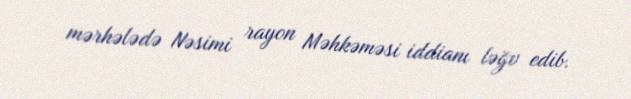
mərhələdə Nəsimi rayon Məhkəməsi iddianı ləğv edib.